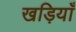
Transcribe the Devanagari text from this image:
खड़ियाँ